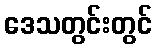
ဒေသတွင်းတွင်